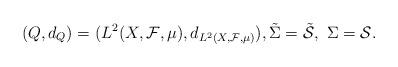
LaTeX: \begin{align*}(Q,d_Q) = (L^2(X, \mathcal{F}, \mu), d_{L^2(X, \mathcal{F}, \mu) }), \tilde{\Sigma} = \tilde{\mathcal{S}},\ {\Sigma} = {\mathcal{S}}.\end{align*}